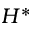
H ^ { \ast }